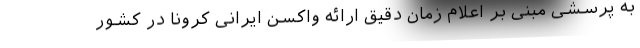
به پرسشی مبنی بر اعلام زمان دقیق ارائه واکسن ایرانی کرونا در کشور